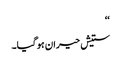
‘‘
ستیش حیران ہو گیا۔